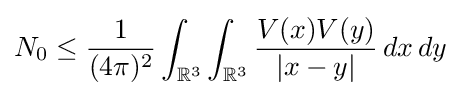
N_{0}\leq {\frac {1}{(4\pi )^{2}}}\int _{\mathbb {R} ^{3}}\int _{\mathbb {R} ^{3}}{\frac {V(x)V(y)}{|x-y|}}\,dx\,dy